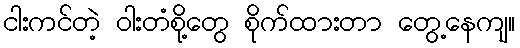
ငါးကင်တဲ့ ဝါးတံစို့တွေ စိုက်ထားတာ တွေ့နေကျ။